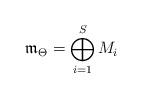
LaTeX: \begin{align*}\mathfrak{m}_\Theta=\bigoplus\limits_{i=1}^SM_i\end{align*}